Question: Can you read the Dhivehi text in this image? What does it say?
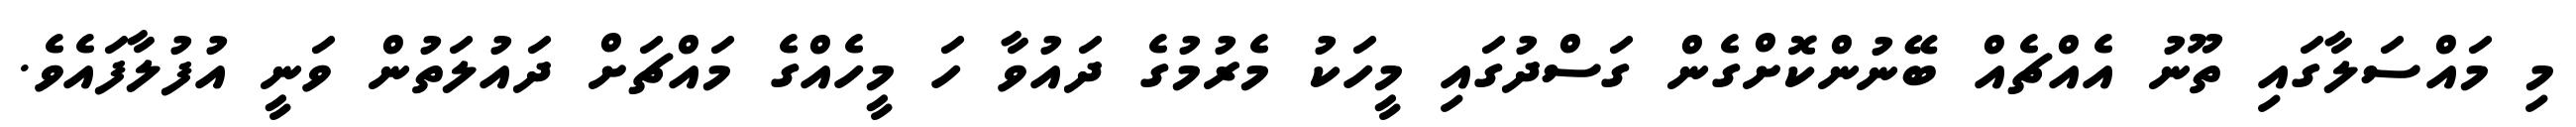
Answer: މި މައްސަލާގައި ތޫނު އެއްޗެއް ބޭނުންކޮށްގެން ގަސްދުގައި މީހަކު މެރުމުގެ ދައުވާ ހަ މީހެއްގެ މައްޗަށް ދައުލަތުން ވަނީ އުފުލާފައެވެ.